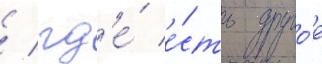
/ гд'е́ е́сть друго́е